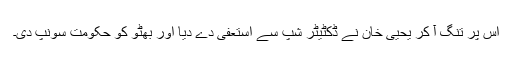
اس پر تنگ آ کر یحیی خان نے ڈکٹیٹر شپ سے استعفی دے دیا اور بھٹو کو حکومت سونپ دی۔